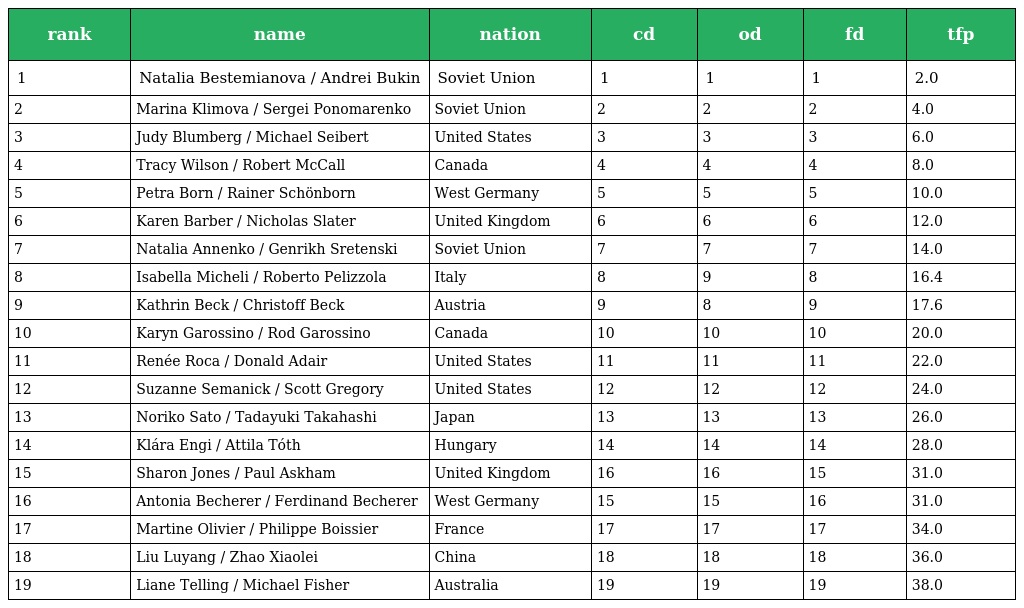
| rank | name | nation | cd | od | fd | tfp |
 | --- | --- | --- | --- | --- | --- | --- |
 | 1 | Natalia Bestemianova / Andrei Bukin | Soviet Union | 1 | 1 | 1 | 2.0 |
 | 2 | Marina Klimova / Sergei Ponomarenko | Soviet Union | 2 | 2 | 2 | 4.0 |
 | 3 | Judy Blumberg / Michael Seibert | United States | 3 | 3 | 3 | 6.0 |
 | 4 | Tracy Wilson / Robert McCall | Canada | 4 | 4 | 4 | 8.0 |
 | 5 | Petra Born / Rainer Schönborn | West Germany | 5 | 5 | 5 | 10.0 |
 | 6 | Karen Barber / Nicholas Slater | United Kingdom | 6 | 6 | 6 | 12.0 |
 | 7 | Natalia Annenko / Genrikh Sretenski | Soviet Union | 7 | 7 | 7 | 14.0 |
 | 8 | Isabella Micheli / Roberto Pelizzola | Italy | 8 | 9 | 8 | 16.4 |
 | 9 | Kathrin Beck / Christoff Beck | Austria | 9 | 8 | 9 | 17.6 |
 | 10 | Karyn Garossino / Rod Garossino | Canada | 10 | 10 | 10 | 20.0 |
 | 11 | Renée Roca / Donald Adair | United States | 11 | 11 | 11 | 22.0 |
 | 12 | Suzanne Semanick / Scott Gregory | United States | 12 | 12 | 12 | 24.0 |
 | 13 | Noriko Sato / Tadayuki Takahashi | Japan | 13 | 13 | 13 | 26.0 |
 | 14 | Klára Engi / Attila Tóth | Hungary | 14 | 14 | 14 | 28.0 |
 | 15 | Sharon Jones / Paul Askham | United Kingdom | 16 | 16 | 15 | 31.0 |
 | 16 | Antonia Becherer / Ferdinand Becherer | West Germany | 15 | 15 | 16 | 31.0 |
 | 17 | Martine Olivier / Philippe Boissier | France | 17 | 17 | 17 | 34.0 |
 | 18 | Liu Luyang / Zhao Xiaolei | China | 18 | 18 | 18 | 36.0 |
 | 19 | Liane Telling / Michael Fisher | Australia | 19 | 19 | 19 | 38.0 |